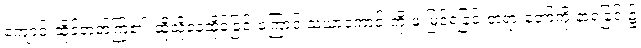
ကျောင်းထိုင်တတ်ကြ၏၊ ထိုသို့နေထိုင်ခြင်းကြောင့် သံဃာကောင်းကို ဖူးမြင်ရခြင်းတရားတော်ကို နာရခြင်း၌